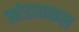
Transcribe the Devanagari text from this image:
खंडावकल